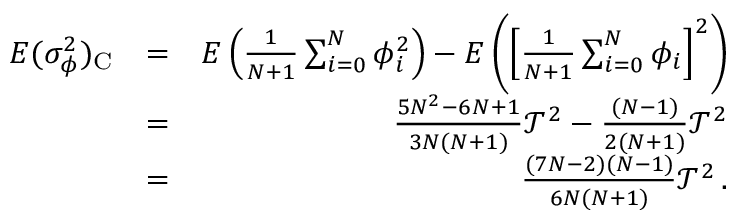
\begin{array} { r l r } { E ( \sigma _ { \phi } ^ { 2 } ) _ { \mathrm C } } & { = } & { E \left( { \frac { 1 } { N + 1 } } \sum _ { i = 0 } ^ { N } \phi _ { i } ^ { 2 } \right) - E \left( \left[ { \frac { 1 } { N + 1 } } \sum _ { i = 0 } ^ { N } \phi _ { i } \right] ^ { 2 } \right) } \\ & { = } & { { \frac { 5 N ^ { 2 } - 6 N + 1 } { 3 N ( N + 1 ) } } \mathcal { T } ^ { 2 } - { \frac { ( N - 1 ) } { 2 ( N + 1 ) } } \mathcal { T } ^ { 2 } } \\ & { = } & { { \frac { ( 7 N - 2 ) ( N - 1 ) } { 6 N ( N + 1 ) } } \mathcal { T } ^ { 2 } \, . } \end{array}